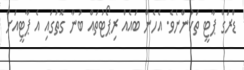
ޑްރަގް ޕާޓީ ތަކުންނެވެ. އެހެން ބައެއް ރިޕޯޓުތައް ބުނާ ގޮތުގައި އެ ޕާޓީއަށް